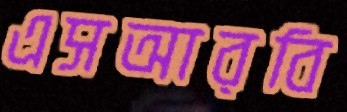
এসআরবি